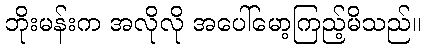
ဘိုးမန်းက အလိုလို အပေါ်မော့ကြည့်မိသည်။